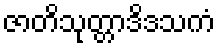
ဇာတိသုတ္တာဒိဒသကံ